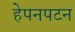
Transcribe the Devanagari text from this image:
हेपनपटन